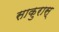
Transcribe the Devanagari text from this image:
साकुरास्